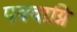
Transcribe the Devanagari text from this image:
पक्वाग्नि